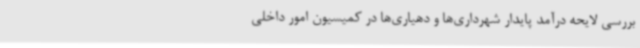
بررسی لایحه درآمد پایدار شهرداری‌ها و دهیاری‌ها در کمیسیون امور داخلی